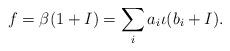
LaTeX: \begin{align*} f = \beta(1+I) = \sum_ia_i\iota(b_i + I). \end{align*}